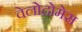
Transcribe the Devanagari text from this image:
वेलोद्रोमेस